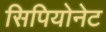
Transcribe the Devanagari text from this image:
सिपियोनेट